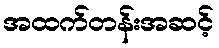
အထက်တန်းအဆင့်